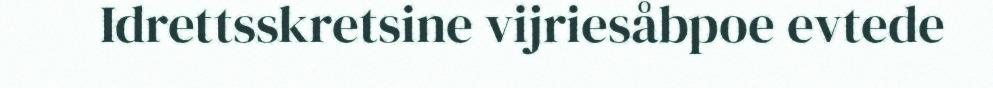
Idrettsskretsine vijriesåbpoe evtede